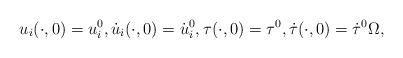
LaTeX: \begin{align*}u_i(\cdot, 0) = u_i^0, \dot{u}_i(\cdot,0) = \dot{u}_i^0, \tau (\cdot, 0) = \tau^0, \dot{\tau}(\cdot, 0) = \dot{\tau}^0 \Omega,\end{align*}